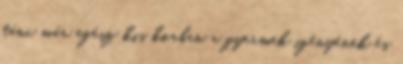
tánc már egész kis korban a gyermek igényének és